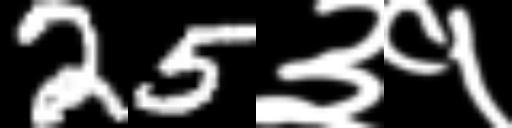
Text: 25३१